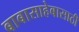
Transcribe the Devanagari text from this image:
बाबासाहेबासाठी